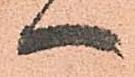
へ